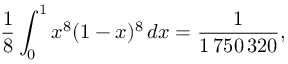
{ \frac { 1 } { 8 } } \int _ { 0 } ^ { 1 } x ^ { 8 } ( 1 - x ) ^ { 8 } \, d x = { \frac { 1 } { 1 \, 7 5 0 \, 3 2 0 } } ,